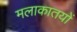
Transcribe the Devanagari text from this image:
मलाकातयों